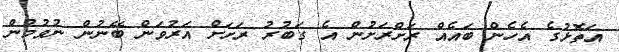
އަތޮޅުގެ އެހެން ބައެއް ރަށްރަށުން އެ ގަބުރު ރަށަށް އަރުވަން ބޭނުން ނުވުމުން